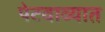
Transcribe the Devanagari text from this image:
पेटवाव्यात